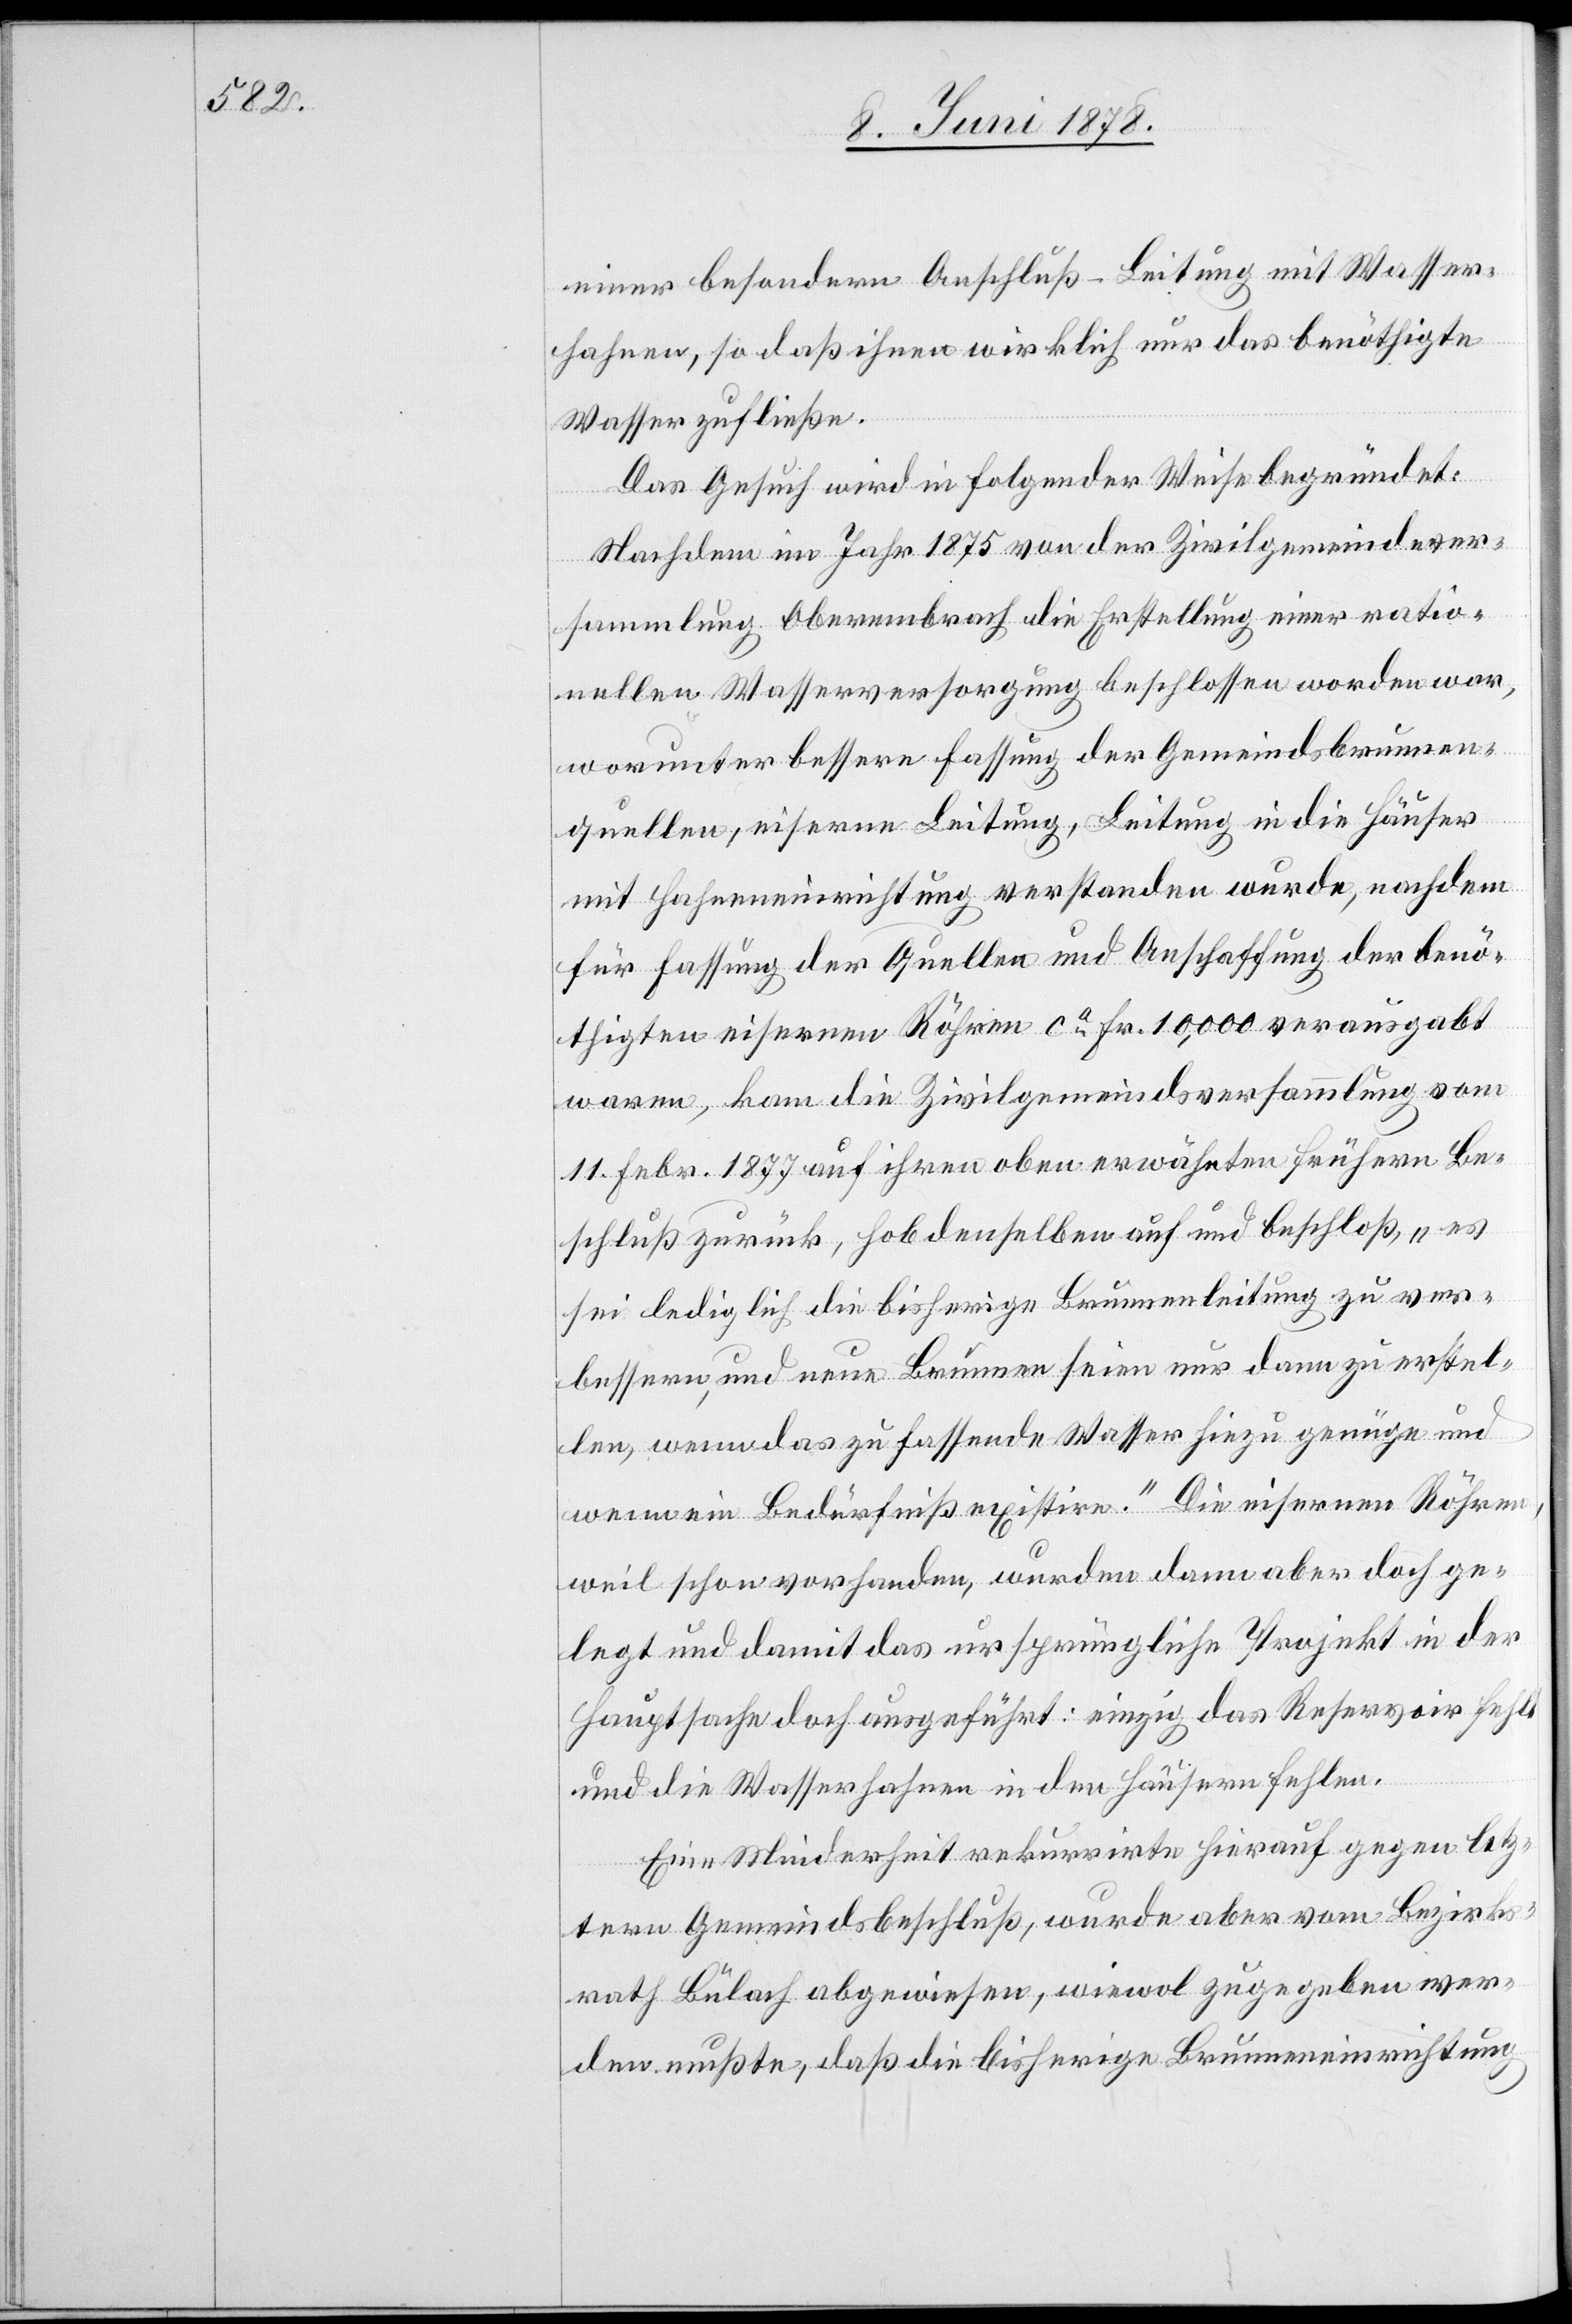
einer besondern Anschluß-Leitung mit Wasser¬
hahnen, so daß ihnen wirklich nur das benöthigte
Wasser zufließe.
Das Gesuch wird in folgender Weise begründet:
Nachdem im Jahr 1875 von der Zivilgemeindever¬
sammlung Oberembrach die Erstellung einer ratio¬
nellen Wasserversorgung beschlossen worden war,
worunter bessere Fassung der Gemeindsbrunnen¬
quellen, eiserne Leitung, Leitung in die Häuser
mit Hahneneinrichtung verstanden wurde, nachdem
für Fassung der Quellen und Anschaffung der benö¬
thigten eisernen Röhren ca Fr. 10,000 verausgabt
waren, kann die Zivilgemeindsversammlung vom
11. Febr. 1877 auf ihren oben erwähnten frühern Be¬
schluß zurück, hob denselben auf und beschloß, „es
sei lediglich die bisherige Brunnenleitung zu ver¬
bessern, und neue Brunnen seien nur dann zu erstel¬
len, wenn das zu fassende Wasser hiezu genüge und
wenn ein Bedürfniß existire.“ Die eisernen Röhren,
weil schon vorhanden, wurden dann aber doch ge¬
legt und damit das ursprüngliche Projekt in der
Hauptsache doch ausgeführt: einzig das Reservoir fehlt
und die Wasserhahnen in den Häuschen fehlen.
Eine Minderheit rekurrirte hierauf gegen letz¬
tern Gemeindsbeschluß, wurde aber vom Bezirks¬
rath Bülach abgewiesen, wiewol zugegeben wer¬
den mußte, daß die bisherige Brunneneinrichtung